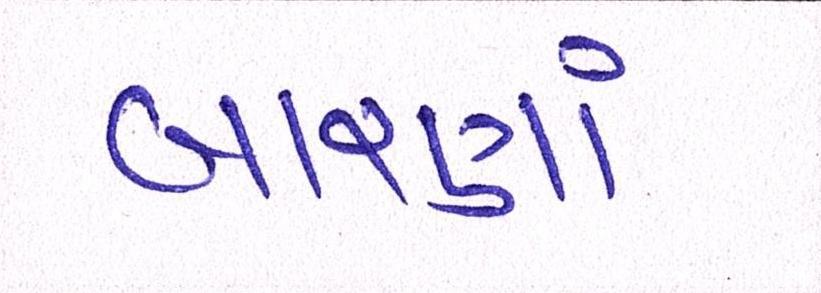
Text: બારણાં